Indian journal of veterinary science and animal husbandry - Volume 10,
Year: 1940
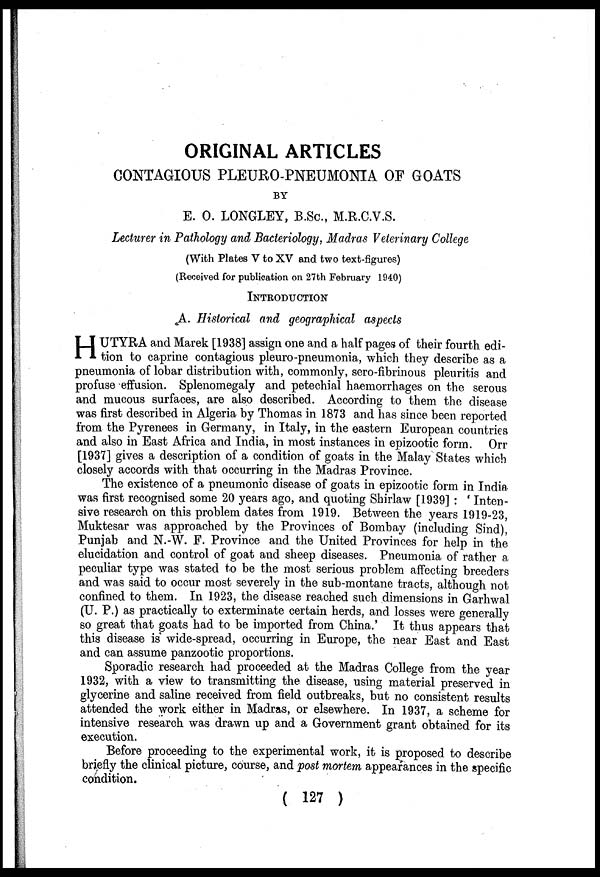
ORIGINAL ARTICLES
CONTAGIOUS PLEURO-PNEUMONIA OF GOATS
BY
E. O. LONGLEY, B.Sc., M.R.C.V.S.
Lecturer in Pathology and Bacteriology, Madras Veterinary College
(With Plates V to XV and two text-figures)
(Received for publication on 27th February 1940)
INTRODUCTION
A. Historical and geographical aspects
H UTYRA and Marek [1938] assign one and a half pages of their fourth edi-
tion to caprine contagious pleuro-pneumonia, which they describe as a
pneumonia of lobar distribution with, commonly, sero-fibrinous pleuritis and
profuse effusion. Splenomegaly and petechial haemorrhages on the serous
and mucous surfaces, are also described. According to them the disease
was first described in Algeria by Thomas in 1873 and has since been reported
from the Pyrenees in Germany, in Italy, in the eastern European countries
and also in East Africa and India, in most instances in epizootic form. Orr
[1937] gives a description of a condition of goats in the Malay States which
closely accords with that occurring in the Madras Province.
The existence of a pneumonic disease of goats in epizootic form in India
was first recognised some 20 years ago, and quoting Shirlaw [1939] : ' Inten-
sive research on this problem dates from 1919. Between the years 1919-23,
Muktesar was approached by the Provinces of Bombay (including Sind),
Punjab and N.-W. F. Province and the United Provinces for help in the
elucidation and control of goat and sheep diseases. Pneumonia of rather a
peculiar type was stated to be the most serious problem affecting breeders
and was said to occur most severely in the sub-montane tracts, although not
confined to them. In 1923, the disease reached such dimensions in Garhwal
(U. P.) as practically to exterminate certain herds, and losses were generally
so great that goats had to be imported from China.' It thus appears that
this disease is wide-spread, occurring in Europe, the near East and East
and can assume panzootic proportions.
Sporadic research had proceeded at the Madras College from the year
1932, with a view to transmitting the disease, using material preserved in
glycerine and saline received from field outbreaks, but no consistent results
attended the work either in Madras, or elsewhere. In 1937, a scheme for
intensive research was drawn up and a Government grant obtained for its
execution.
Before proceeding to the experimental work, it is proposed to describe
briefly the clinical picture, course, and post mortem appearances in the specific
condition.
( 127 )